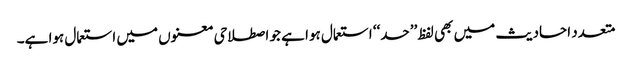
متعدد احادیث میں بھی لفظ ’’حد‘‘ استعمال ہوا ہے جو اصطلاحی معنوں میں استعمال ہوا ہے۔